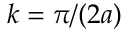
k = \pi / ( 2 a )